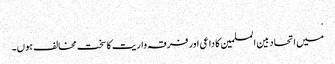
.
میں اتحاد بین المسلمین کا داعی اور فرقہ واریت کا سخت مخالف ہوں۔